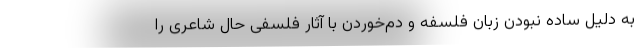
به دلیل ساده نبودن زبان فلسفه و دم‌خوردن با آثار فلسفی حال شاعری را